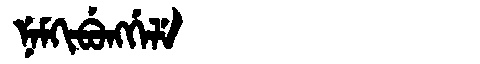
Manchu: ᠨᡝᠮᡴᡳᠪᡠᠩᡤᡝᠯᡝ
Romanization: NEMKIBUNGGELE